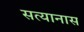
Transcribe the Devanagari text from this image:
सत्यानास